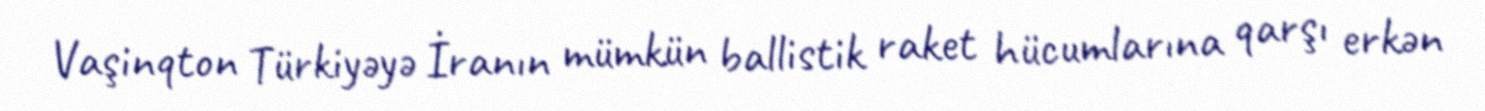
Vaşinqton Türkiyəyə İranın mümkün ballistik raket hücumlarına qarşı erkən